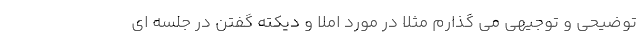
توضیحی و توجیهی می گذارم مثلا در مورد املا و دیکته گفتن در جلسه ای